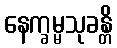
နေက္ခမ္မသုခန္တိ